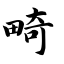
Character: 畸